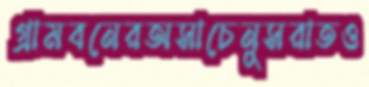
গ্রামবনেরঅসাচেনুসরাতও